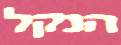
הנקל